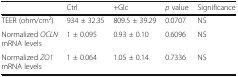
<table><thead><tr><td></td><td><b>Ctrl</b></td><td><b>+Glc</b></td><td><b><i>p</i> value</b></td><td><b>Significance</b></td></tr></thead><tbody><tr><td>TEER (ohm/cm<sup>2</sup>)</td><td>934 ± 32.35</td><td>809.5 ± 39.29</td><td>0.0707</td><td>NS</td></tr><tr><td>Normalized <i>OCLN</i> mRNA levels</td><td>1 ± 0.095</td><td>0.93 ± 0.10</td><td>0.6096</td><td>NS</td></tr><tr><td>Normalized <i>ZO1</i> mRNA levels</td><td>1 ± 0.064</td><td>1.05 ± 0.14</td><td>0.7336</td><td>NS</td></tr></tbody></table>